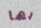
بها